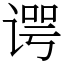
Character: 谔